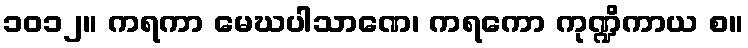
၁၀၁၂။ ကရကာ မေဃပါသာဏေ၊ ကရကော ကုဏ္ဍိကာယ စ။